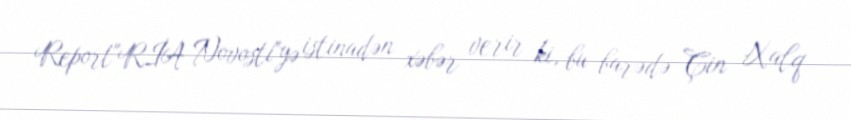
Report"RİA Novosti"yə istinadən xəbər verir ki, bu barədə Çin Xalq